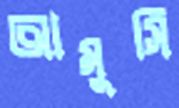
আমুসি